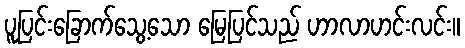
ပူပြင်းခြောက်သွေ့သော မြေပြင်သည် ဟာလာဟင်းလင်း။